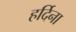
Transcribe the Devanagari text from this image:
हर्दिना